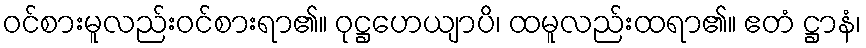
ဝင်စားမူလည်းဝင်စားရာ၏။ ဝုဋ္ဌဟေယျာပိ၊ ထမူလည်းထရာ၏။ ဧတံ ဋ္ဌာနံ၊